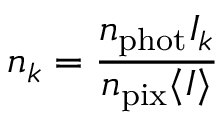
n _ { k } = \frac { n _ { \mathrm { p h o t } } I _ { k } } { n _ { \mathrm { p i x } } \langle I \rangle }